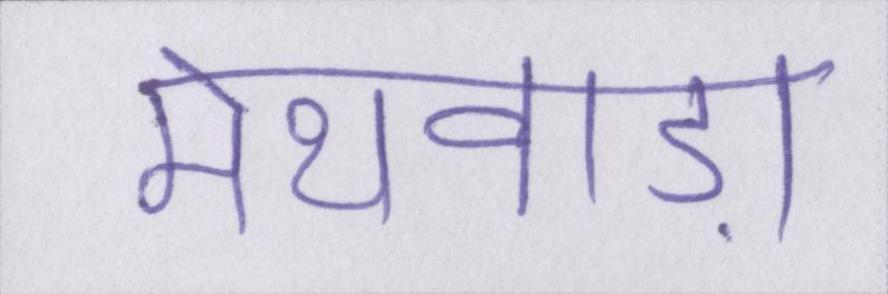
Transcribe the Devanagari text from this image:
मेथवाड़ा